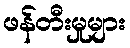
ဖန်တီးမှုများ